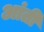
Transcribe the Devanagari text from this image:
आंती